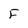
Character: F